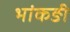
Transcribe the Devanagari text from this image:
भांकङी